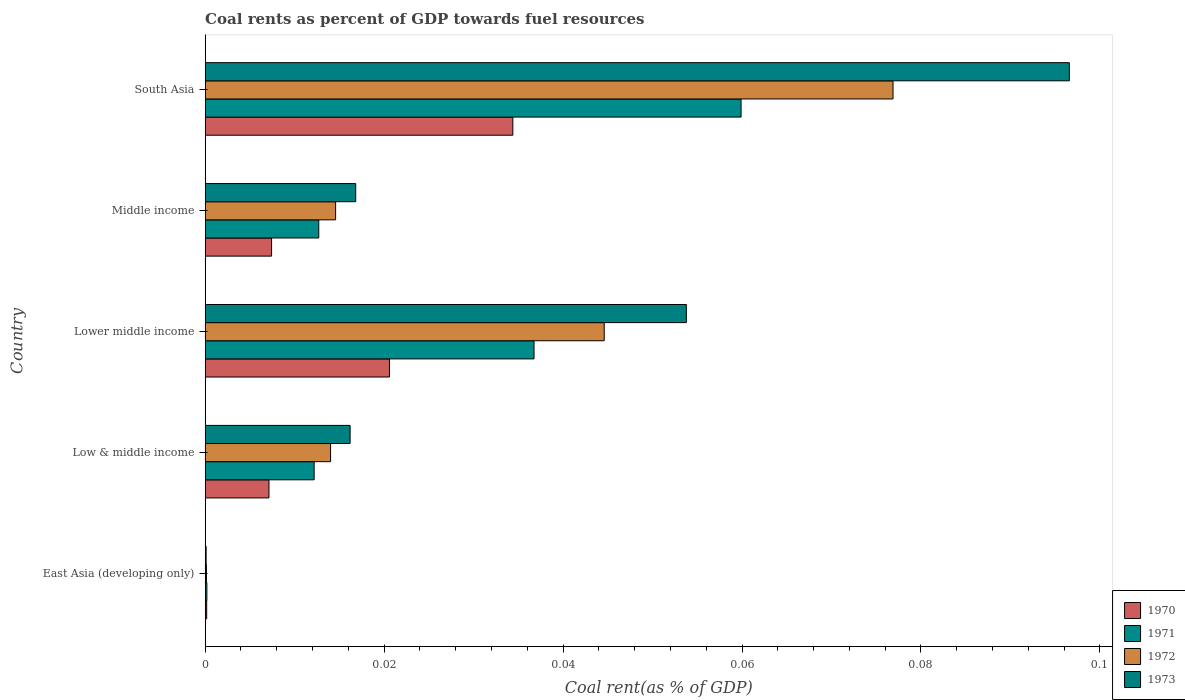
| Country | 1970 | 1971 | 1972 | 1973 |
 | --- | --- | --- | --- | --- |
 | East Asia (developing only) | 0.000167 | 0.000187 | 0.000138 | 0.000103 |
 | Low & middle income | 0.00713 | 0.0122 | 0.014 | 0.0162 |
 | Lower middle income | 0.0206 | 0.0368 | 0.0446 | 0.0538 |
 | Middle income | 0.00742 | 0.0127 | 0.0146 | 0.0168 |
 | South Asia | 0.0344 | 0.0599 | 0.0769 | 0.0966 |